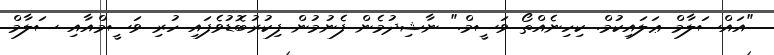
"އައްސަލާމް ޢަލައިކުމް. ކިހިނެއްތޯ ވަސީމް." ނާޝިދުމެން ފެނުމުން ފިކުރުބޮޑުވެފައި ހުރި ވަސީމްއާއި ސަލާމް